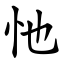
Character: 忚